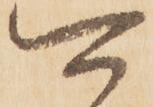
可